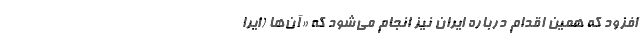
افزود که همین اقدام درباره ایران نیز انجام می‌شود که «آن‌ها (ایرا